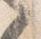
之